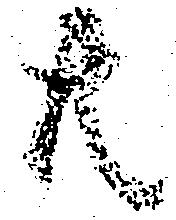
共